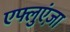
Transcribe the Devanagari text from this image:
एफ्लुएंज़ा